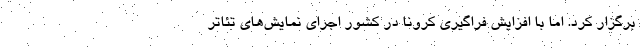
برگزار کرد. اما با افزایش فراگیری کرونا در کشور اجرای نمایش‌های تئاتر